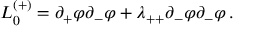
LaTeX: { \cal L } _ { 0 } ^ { ( + ) } = \partial _ { + } \varphi \partial _ { - } \varphi + \lambda _ { + + } \partial _ { - } \varphi \partial _ { - } \varphi \, .